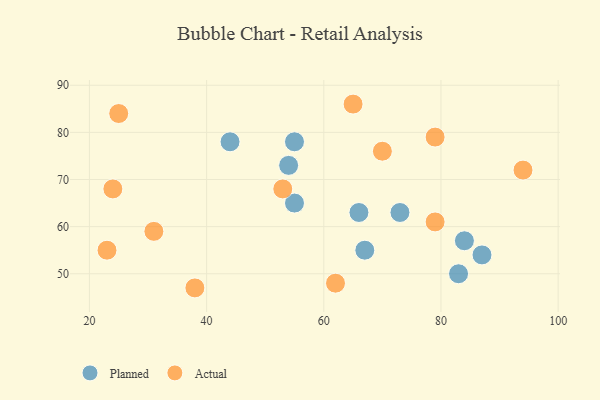
{"axis": {"x": "GDP", "y": "Life Expectancy"}, "legend": ["Actual", "Planned"], "data": [{"x": "66", "y": 63, "type": "Planned"}, {"x": "55", "y": 65, "type": "Planned"}, {"x": "44", "y": 78, "type": "Planned"}, {"x": "54", "y": 73, "type": "Planned"}, {"x": "67", "y": 55, "type": "Planned"}, {"x": "83", "y": 50, "type": "Planned"}, {"x": "87", "y": 54, "type": "Planned"}, {"x": "55", "y": 78, "type": "Planned"}, {"x": "73", "y": 63, "type": "Planned"}, {"x": "84", "y": 57, "type": "Planned"}, {"x": "94", "y": 72, "type": "Actual"}, {"x": "62", "y": 48, "type": "Actual"}, {"x": "23", "y": 55, "type": "Actual"}, {"x": "65", "y": 86, "type": "Actual"}, {"x": "70", "y": 76, "type": "Actual"}, {"x": "38", "y": 47, "type": "Actual"}, {"x": "53", "y": 68, "type": "Actual"}, {"x": "79", "y": 61, "type": "Actual"}, {"x": "79", "y": 79, "type": "Actual"}, {"x": "24", "y": 68, "type": "Actual"}, {"x": "31", "y": 59, "type": "Actual"}, {"x": "25", "y": 84, "type": "Actual"}]}